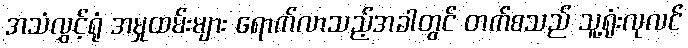
အသံလွှင့်ရုံ အမှုထမ်းများ ရောက်လာသည့်အခါတွင် တက်စသည် သူ့ရုံးလုလင်